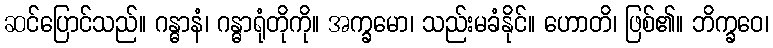
ဆင်ပြောင်သည်။ ဂန္ဓာနံ၊ ဂန္ဓာရုံတိုကို။ အက္ခမော၊ သည်းမခံနိုင်။ ဟောတိ၊ ဖြစ်၏။ ဘိက္ခဝေ၊